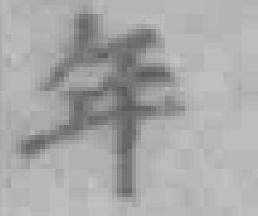
年